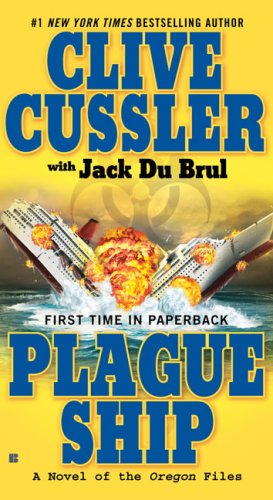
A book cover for Plague Ship (The Oregon Files); Clive Cussler; Literature & Fiction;